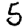
Digit: 5